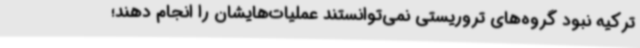
ترکیه نبود گروه‌های تروریستی نمی‌توانستند عملیات‌هایشان را انجام دهند؛